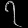
Digit: ၇